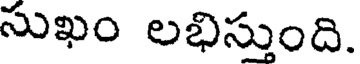
సుఖం లభిస్తుంది.